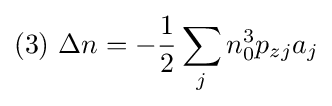
(3)\ \Delta n=-{\frac {1}{2}}\sum _{j}n_{0}^{3}p_{zj}a_{j}